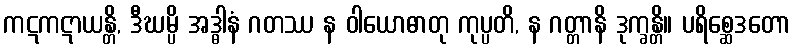
ကဋကဋာယန္တိ, ဒီဃမ္ပိ အဒ္ဓါနံ ဂတဿ န ဝါယောဓာတု ကုပ္ပတိ, န ဂတ္တာနိ ဒုက္ခန္တိ။ ပရိစ္ဆေဒတော